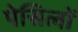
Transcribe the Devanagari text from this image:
पेसिलों